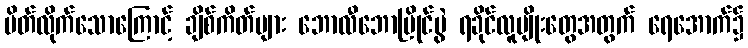
ပိတ်လိုက်သောကြောင့် ချိစ်ကိတ်များ ဘောလီဘောပြိုင်ပွဲ ရခိုင်လူမျိုးတွေအတွက် ရေအောက်၌